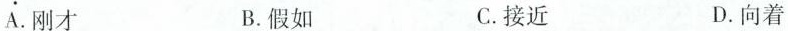
A.刚才 B.假如 C.接近 D.向着